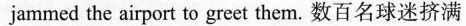
jammed the airport to greet them.数百名球迷挤满